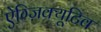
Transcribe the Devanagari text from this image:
ऐग्ज़िक्यूटिव